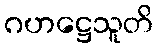
ဂဟဋ္ဌေသူတိ